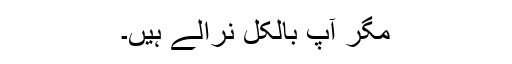
مگر آپ بالکل نرالے ہیں۔